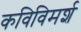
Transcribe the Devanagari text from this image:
कविविमर्श